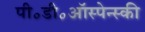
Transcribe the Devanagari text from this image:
पी॰डी॰ऑस्पेन्स्की